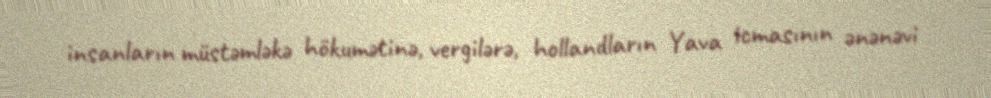
insanların müstəmləkə hökumətinə, vergilərə, hollandların Yava icmasının ənənəvi